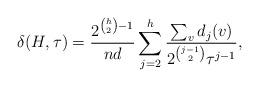
LaTeX: \begin{align*}\delta(H,\tau)=\frac{2^{\binom h2-1}}{nd}\sum_{j=2}^h\frac{\sum_vd_j(v)}{2^{\binom{j-1}2}\tau^{j-1}},\end{align*}